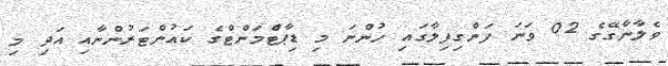
ވެލާނާގޭގެ 02 ވަނަ ފަންގިފިލާގައި ހުންނަ މި ޑިޕާޓްމަންޓްގެ ކައުންޓަރުންނާއި އަދި މި